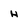
Character: H